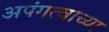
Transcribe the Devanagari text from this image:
अपंगत्वाच्या